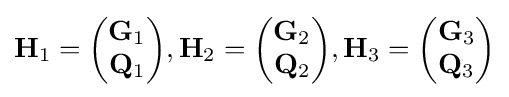
\mathbf {H} _{1}={\begin{pmatrix}\mathbf {G} _{1}\\\mathbf {Q} _{1}\end{pmatrix}},\mathbf {H} _{2}={\begin{pmatrix}\mathbf {G} _{2}\\\mathbf {Q} _{2}\end{pmatrix}},\mathbf {H} _{3}={\begin{pmatrix}\mathbf {G} _{3}\\\mathbf {Q} _{3}\end{pmatrix}}